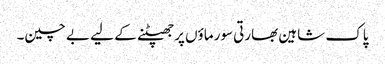
پاک شاہین بھارتی سورماؤں پر جھپٹنے کے لیے بے چین۔